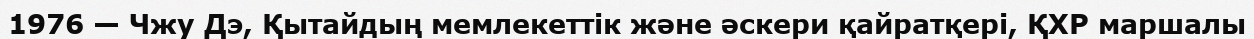
1976 — Чжу Дэ, Қытайдың мемлекеттік және әскери қайратқері, ҚХР маршалы